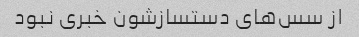
از سس‌های دستسازشون خبری نبود